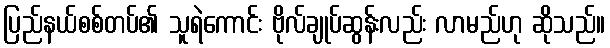
ပြည်နယ်စစ်တပ်၏ သူရဲကောင်း ဗိုလ်ချုပ်ဆွန်းလည်း လာမည်ဟု ဆိုသည်။